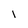
Character: i